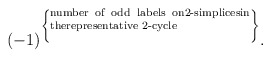
\begin{align*}(-1)^{ \left\{ \parbox[b]{2in}{\scriptsize \rm number of odd labels on2-simplicesin therepresentative 2-cycle} \right\} } .\end{align*}